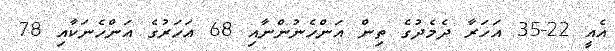
އެއީ 22-35 އަހަރާ ދެމެދުގެ ތިން އަންހެނުންނާއި 68 އަހަރުގެ އަންހެނަކާއި 78